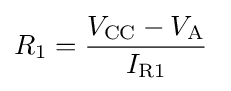
R_{1}={\frac {V_{\text{CC}}-V_{\text{A}}}{I_{\text{R1}}}}\